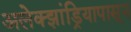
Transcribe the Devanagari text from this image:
अलेक्झांड्रियापासून